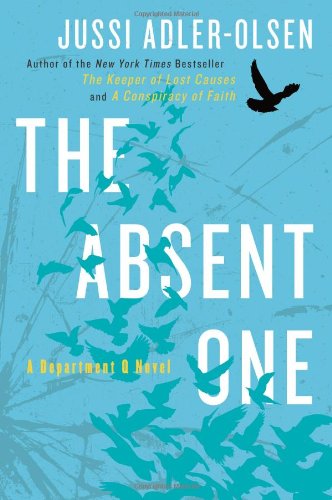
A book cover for The Absent One: A Department Q Novel; Jussi Adler-Olsen; Mystery, Thriller & Suspense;